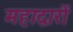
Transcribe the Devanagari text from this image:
महाद्वारों